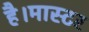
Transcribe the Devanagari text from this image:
है।मास्‍टर